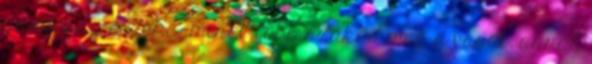
gazdaság érdeke: minél több szakad meg a vasút, annál